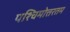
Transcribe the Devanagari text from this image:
पश्चिमोत्तरतम